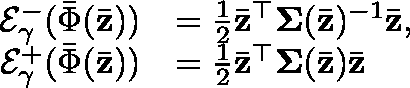
\begin{array} { r l } { \mathcal { E } _ { \gamma } ^ { - } ( \bar { \Phi } ( \bar { \mathbf { z } } ) ) } & { = \frac { 1 } { 2 } \bar { \mathbf { z } } ^ { \top } \mathbf { \Sigma } ( \bar { \mathbf { z } } ) ^ { - 1 } \bar { \mathbf { z } } , } \\ { \quad \mathcal { E } _ { \gamma } ^ { + } ( \bar { \Phi } ( \bar { \mathbf { z } } ) ) } & { = \frac { 1 } { 2 } \bar { \mathbf { z } } ^ { \top } \mathbf { \Sigma } ( \bar { \mathbf { z } } ) \bar { \mathbf { z } } } \end{array}